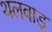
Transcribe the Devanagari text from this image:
थलवाड़